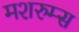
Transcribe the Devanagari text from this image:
मशरुम्स